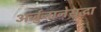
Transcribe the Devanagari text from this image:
अर्जुनानेसुद्धा